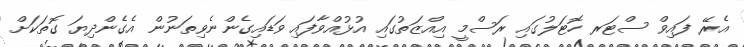
އެރޭ ފައިވް ސްޓަރ ހޮޓަލުގައި ރަސްމީ އިއްޒަތުގައި އުޅުއްވާފައި ވަޑައިގެންނެވިތަނުން އެގެންދިޔަ ގޮތަކަށް